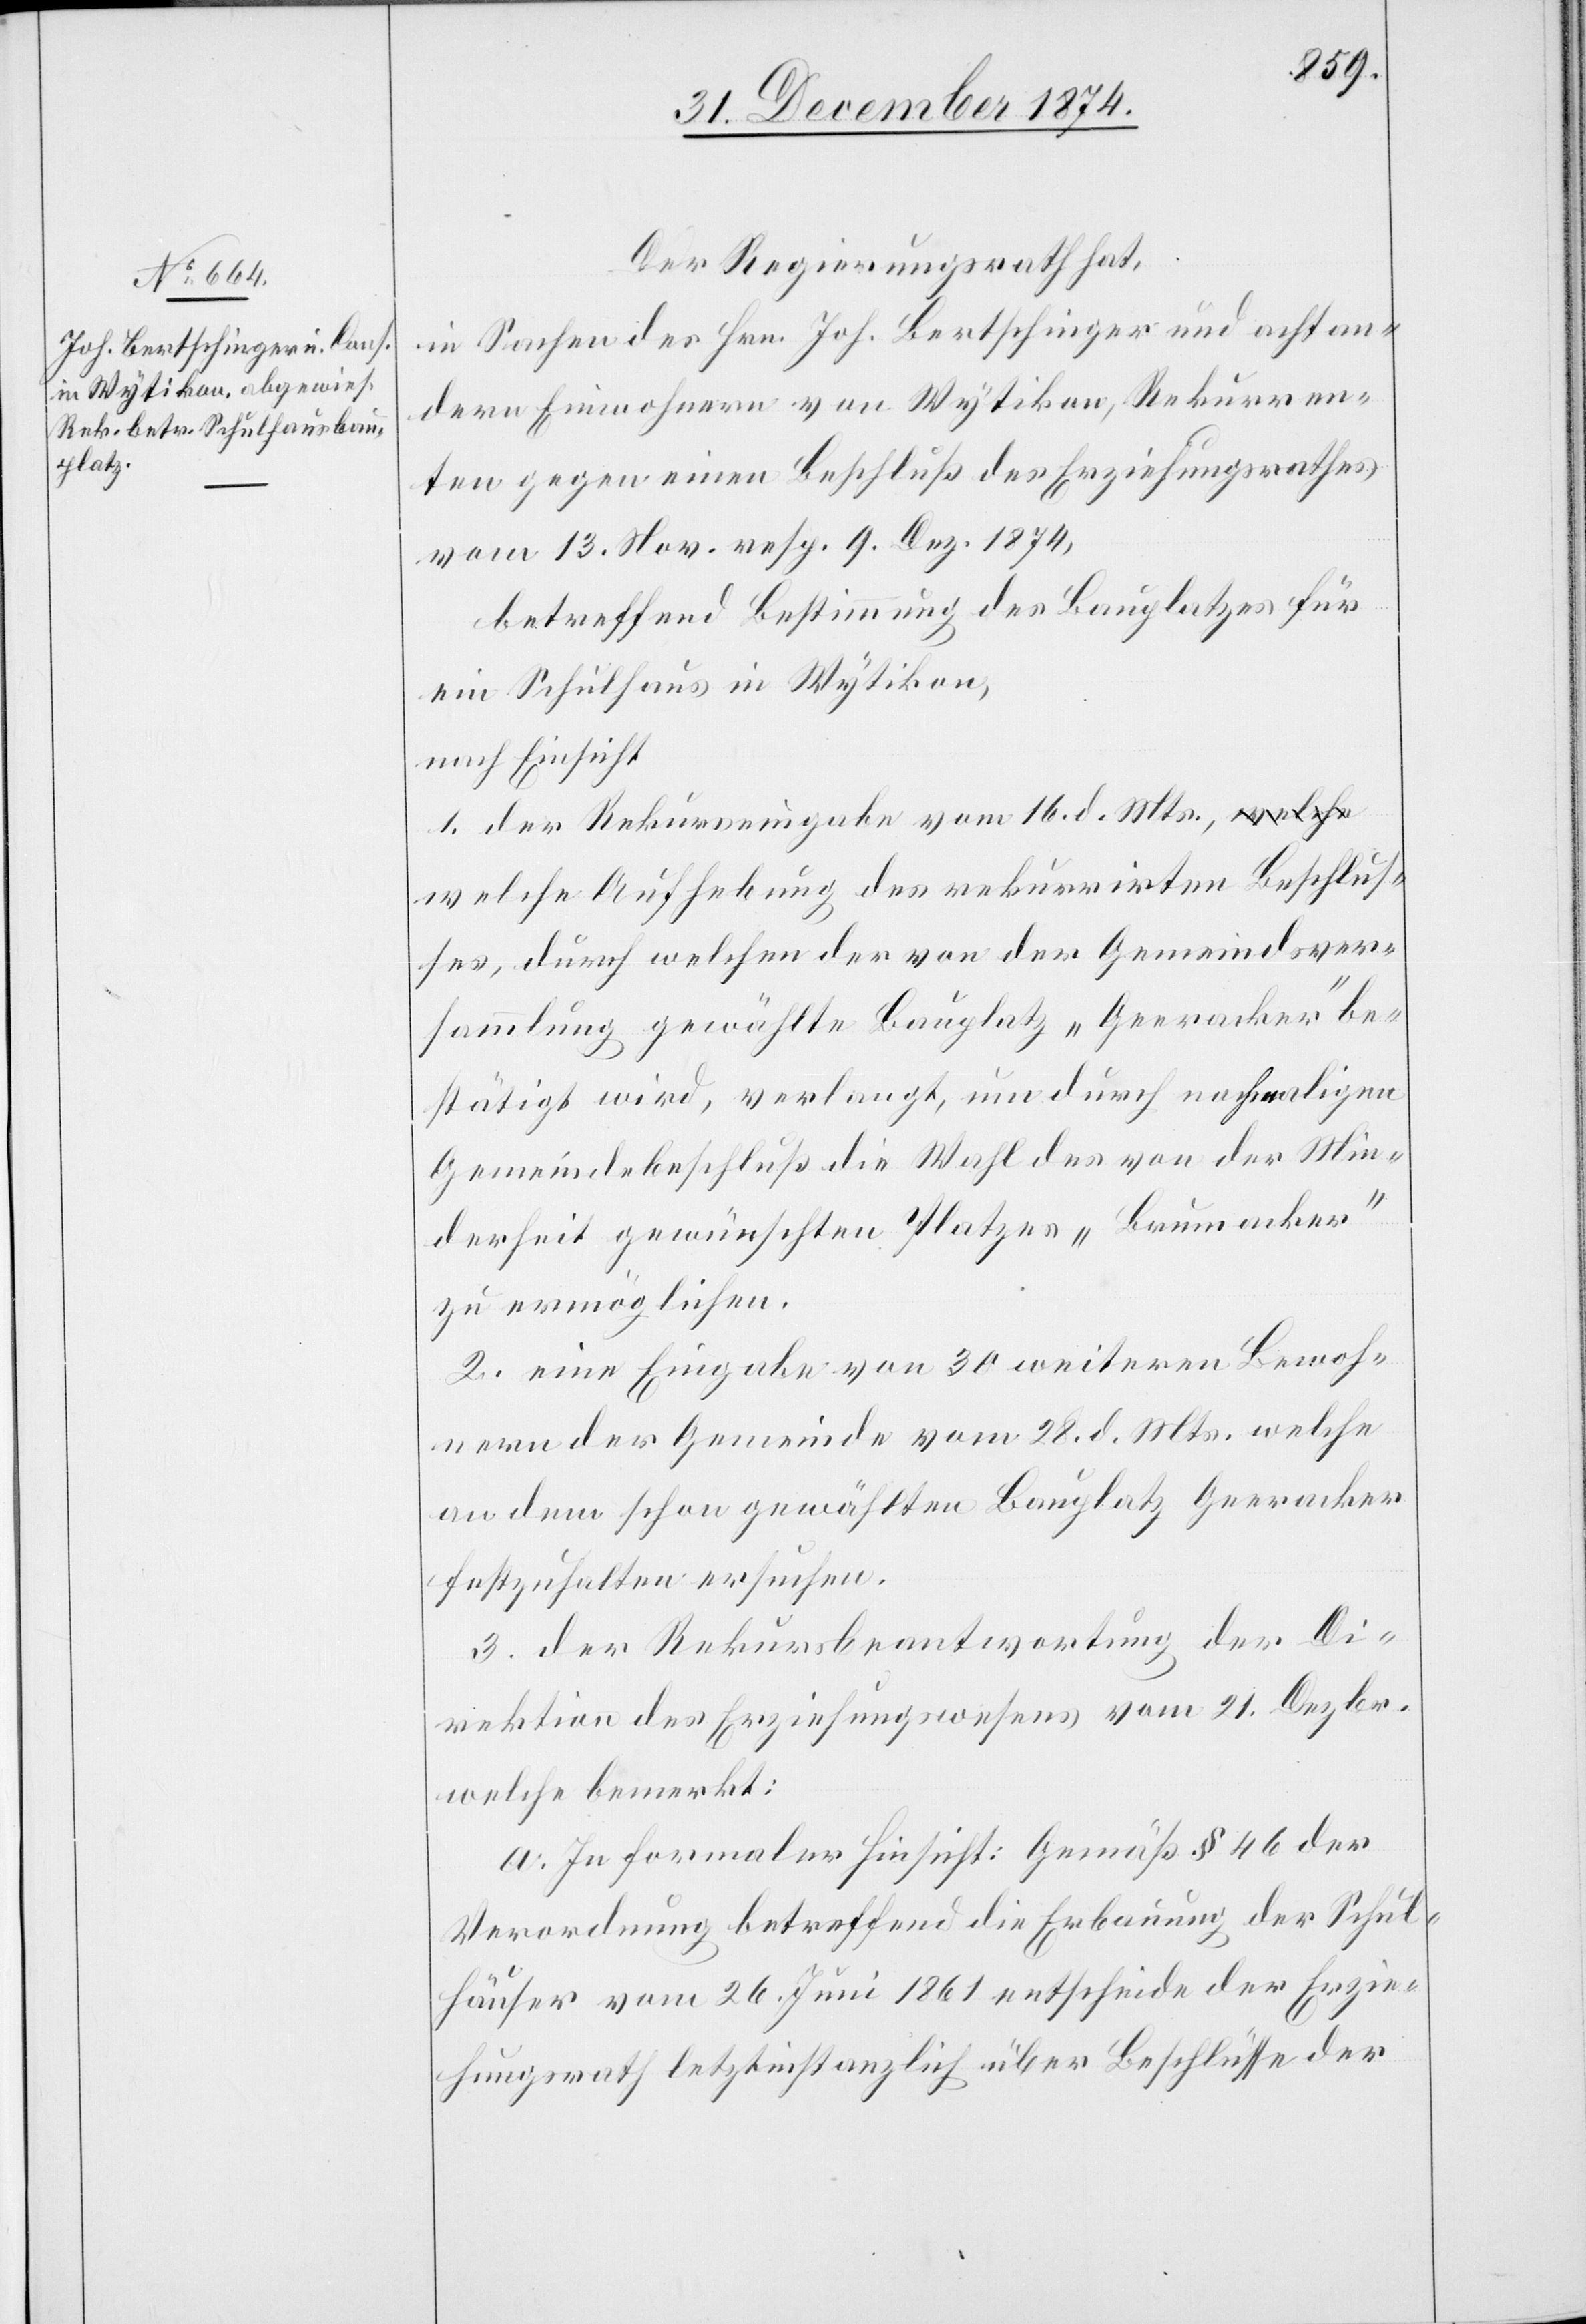
Der Regierungsrath hat,
in Sachen des Hrn. Joh. Bertschinger und acht an¬
dern Einwohnern von Wytikon, Rekurren¬
ten gegen einen Beschluß des Erziehungsrathes
vom 13. Nov. resp. 9. Dez. 1874,
betreffend Bestimmung des Bauplatzes für
ein Schulhaus in Wytikon,
nach Einsicht:
1. der Rekurseingabe vom 16. d. Mts., w¬
elche Aufhebung des rekurrirten Beschlus¬
ses, durch welchen der von der Gemeindsver¬
sammlung gewählte Bauplatz „Geeracker“ be¬
stätigt wird, verlangt, um durch nochmaligen
Gemeindebeschluß die Wahl der von der Min¬
derheit gewünschten Platzes „Brunnacker“
zu ermöglichen.
2. eine Eingabe von 30 weitern Bewoh¬
nern der Gemeinde vom 28. d. Mts. welche
an dem schon gewählten Bauplatz Geeracker
festzuhalten ersuchen.
3. der Rekursbeantwortung der Di¬
rektion des Erziehungswesens vom 21. Dezbr.
welche bemerkt:
a. In formaler Hinsicht: Gemäß § 46 der
Verordnung betreffend die Erbauung der Schul¬
häuser vom 26. Juni 1861 entscheide der Erzie¬
hungsrath letztinstanzlich über Beschlüsse der